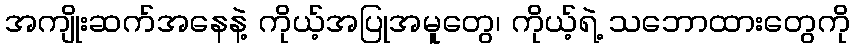
အကျိုးဆက်အနေနဲ့ ကိုယ့်အပြုအမူတွေ၊ ကိုယ့်ရဲ့ သဘောထားတွေကို